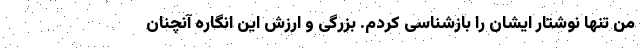
من تنها نوشتار ایشان را بازشناسی کردم. بزرگی و ارزش این انگاره آنچنان